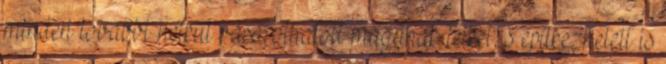
minden további nélkül vásárolhatott magának telket, s építkezhetett is